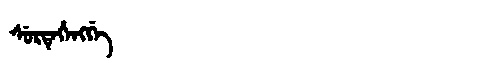
Manchu: ᠰᡠᡵᡨᡝᡥᡝᠩᡤᡝ
Romanization: SURTEHENGGE